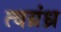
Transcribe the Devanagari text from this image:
त्वग्रंध्र